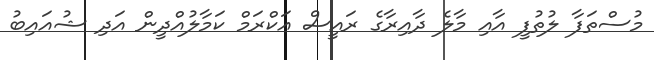
މުސްތަފާ ލުުތުފީ އާއި މާލެ ދާއިރާގެ ރައީސް އަކްރަމް ކަމާލުއްދީން އަދި ޝުއައިބު